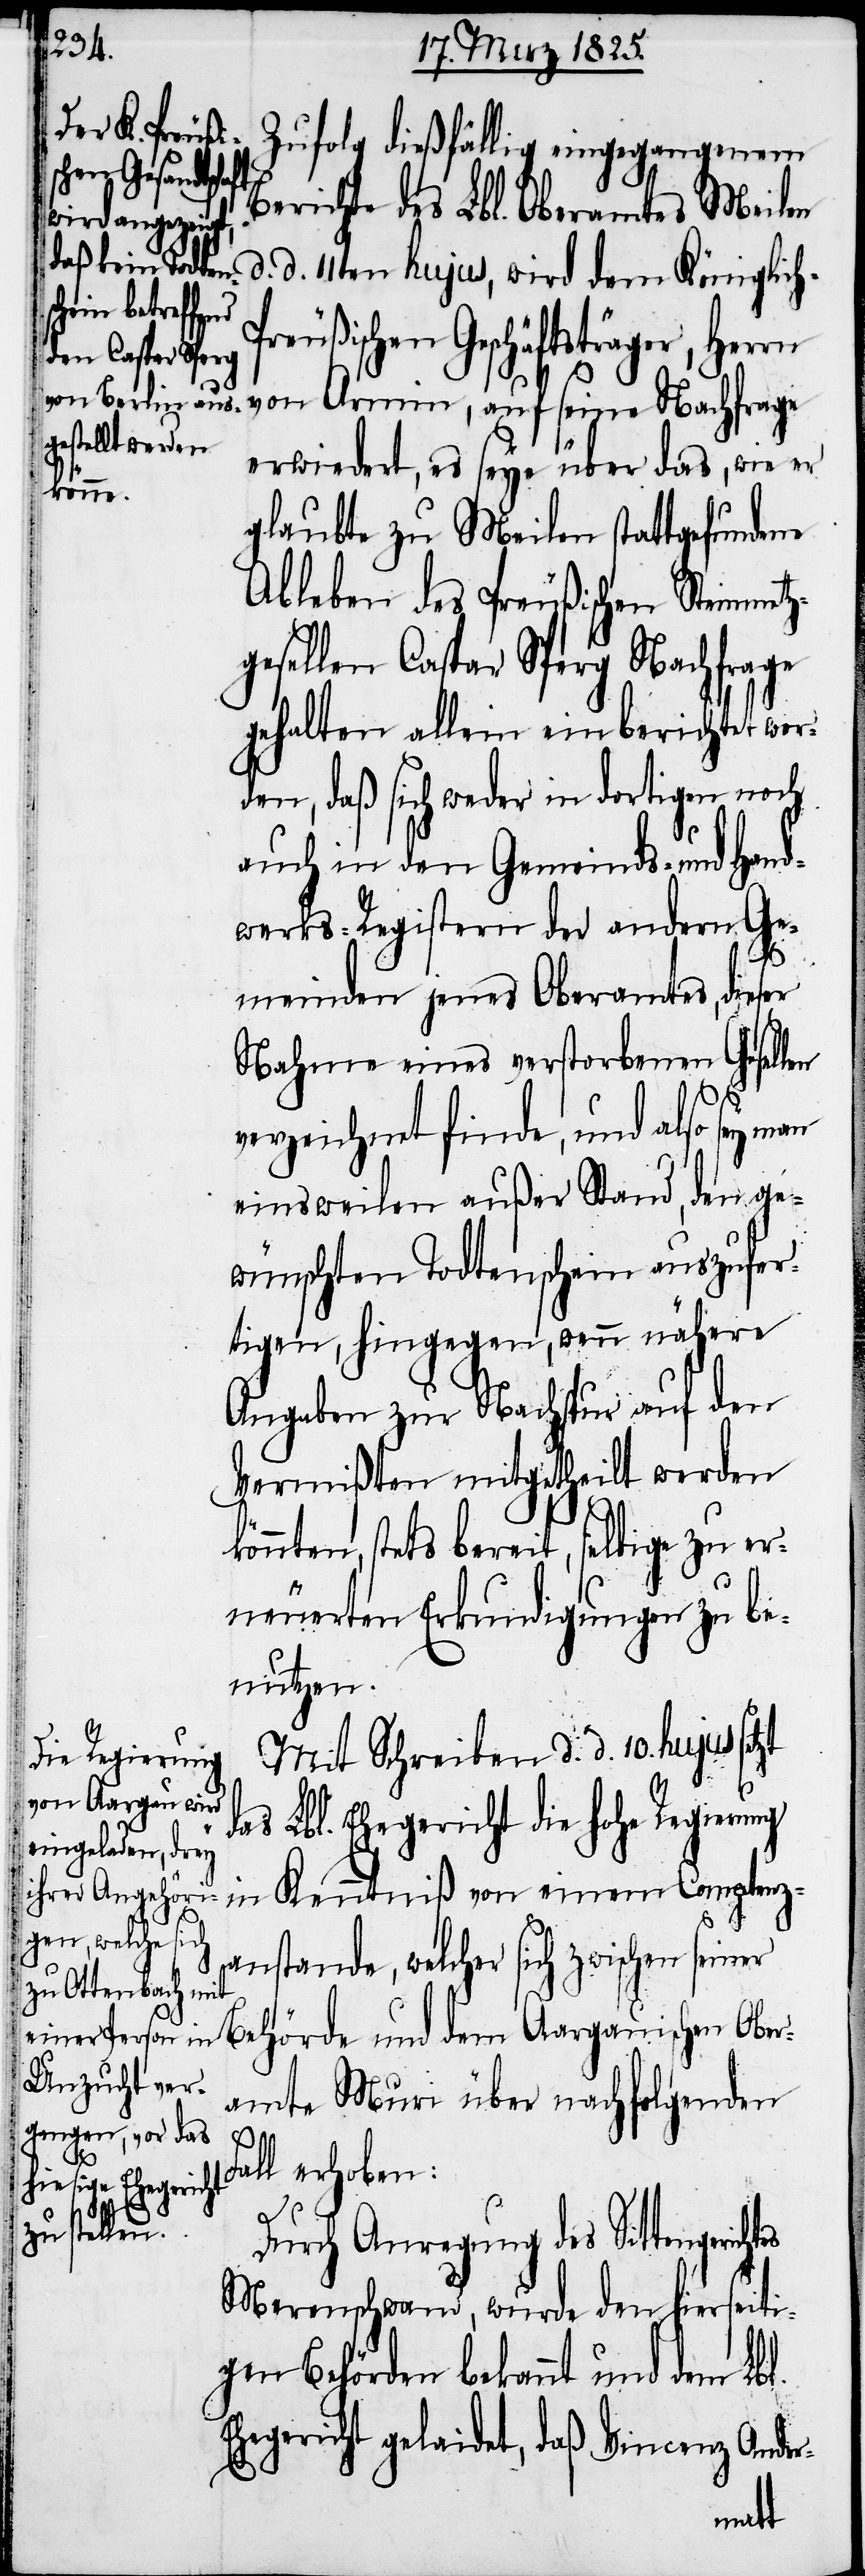
Zufolg dießfällig eingegangenem
Berichte des Lbl. Oberamtes Meilen
d. 11ten hujus, wird dem Königlic¬
reußischen Geschäftsträger, Herrn
von Armin, auf seine Nachfrage
erwiedert, es seye über das, wie er
glaubte zu Meilen stattgefundene
Ableben des Preußischen Steinmetz¬
gesellen Caspar Sperg Nachfrage
gehalten allein einberichtet wer¬
den, daß sich weder in dortigen noch
auch in den Gemeinds- und Hand¬
werks-Registern der andern Ge¬
d.
meinden jenes Oberamtes, dieser
Nahme eines verstorbenen Gesellen
verzeichnet finde, und also sey man
einsweilen außer Stand, den ge¬
wünschten Todtenschein auszufer¬
tigen, hingegen, wenn nähere
Angaben zur Nachspur auf den
Vermißten mitgetheilt werden
könnten, stets bereit, selbige zu er¬
neuerten Erkundigungen zu be¬
nutzen.
Mit Schreiben d. d. 10. hujus
das Lbl. Ehegericht die hohe Regierung
in Kenntniß von einem Competenz¬
anstande, welcher sich zwischen
seiner Behörde und dem Aargauischen Ober¬
amte Muri über nachfolgenden
rich¬
tes
Fall erhoben:
Durch Anregung des Sittenge¬
Merenschwand, wurde den hierseiti¬
gen Behörden bekannt und dem Lbl.
Ehegericht gelaidet, daß Vincenz Ander-